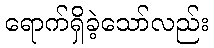
ရောက်ရှိခဲ့သော်လည်း